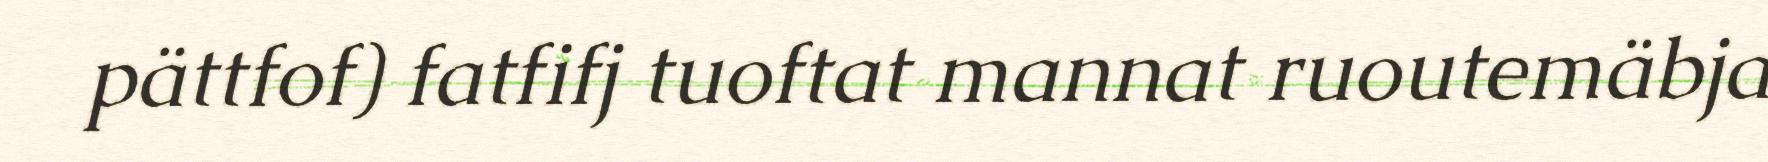
pättfof) fatfifj tuoftat mannat ruoutemäbja